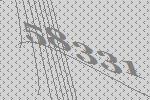
58331